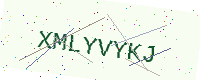
Text: XMLYVYKJ